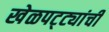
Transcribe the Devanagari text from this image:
खेळपट्ट्यांची